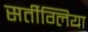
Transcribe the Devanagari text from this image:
सर्तीग्लिया